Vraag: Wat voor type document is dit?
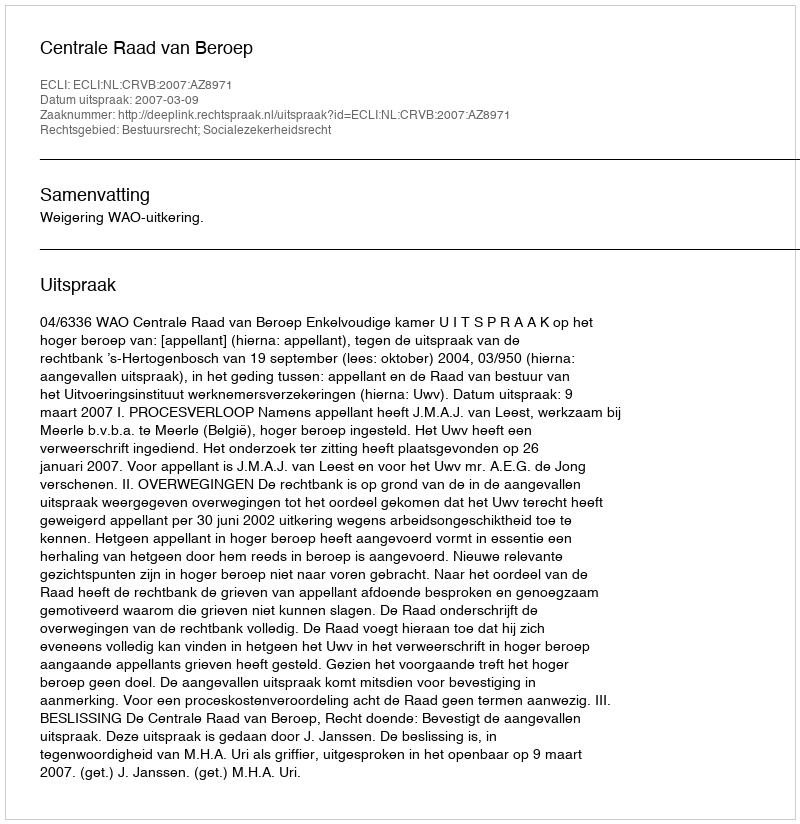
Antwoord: Uitspraak